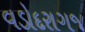
વડોદરાગજ